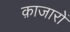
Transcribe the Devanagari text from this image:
क़ाजारों